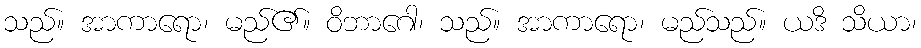
သည်။ အာကာရော၊ မည်၏။ ဝိဘာဂေါ၊ သည်။ အာကာရော၊ မည်သည်။ ယဒိ သိယာ၊